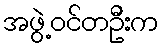
အဖွဲ့ဝင်တဦးက